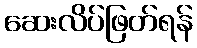
ဆေးလိပ်ဖြတ်ရန်